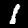
Digit: 1